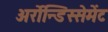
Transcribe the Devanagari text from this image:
अर्रोन्डिस्सेमेंट